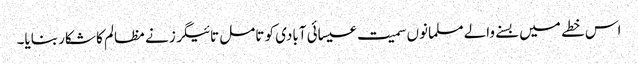
اس خطے میں بسنے والے مسلمانوں سمیت عیسائی آبادی کو تامل تائیگرز نے مظالم کا شکار بنایا۔